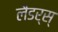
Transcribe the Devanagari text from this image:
लैडर्स्